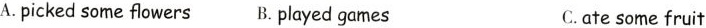
A. picked some flowers B. played games C. ate some fruit